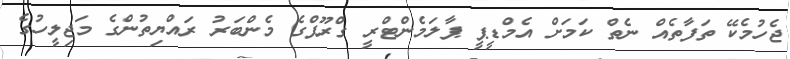
ޖެހުމެކޭ ތަފާތެއް ނެތް ކަމަށް އެމްޑީޕީ ޕާލަމެންޓްރީ ގްރޫޕްގެ މެންބަރު ރައްޔިތުންގެ މަޖިލީހުގެ